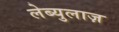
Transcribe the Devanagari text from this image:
लेब्युलाज़